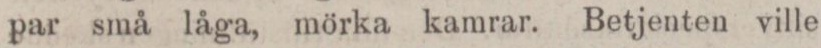
par små låga, mörka kamrar. Betjenten ville